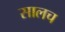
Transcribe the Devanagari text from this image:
सालच